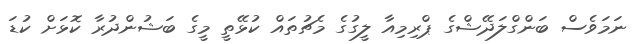
ނަމަވެސް ބަންގްލަދޭޝްގެ ޕްރިމިއާ ލީގުގެ މެޗުތައް ކުޅޭތީ މީގެ ބަޝުންދުރާ ކޮޅަށް ކުޑަ